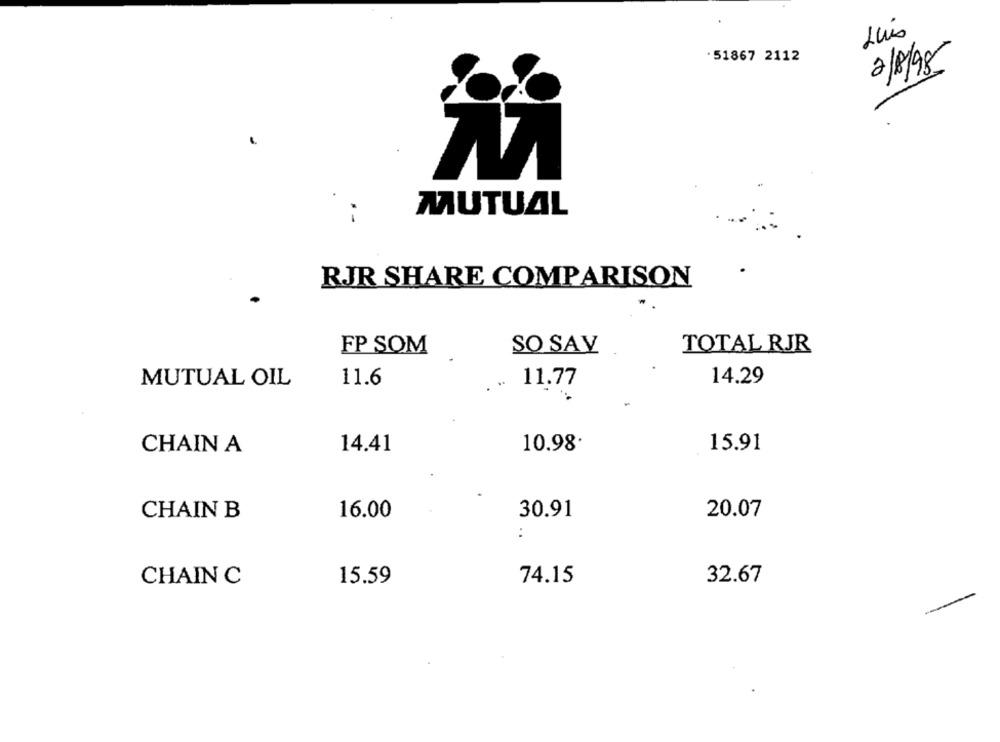
Luis
. 51867 2112
2/8/98
MUTUAL
RJR SHARE COMPARISON
SO SAV
TOTAL RJR
FP SOM
MUTUAL OIL
11.6
."
11.77
14.29
CHAIN A
14.41
10.98
15.91
20.07
CHAIN B
16.00
30.91
:
CHAIN C
15.59
74.15
32.67